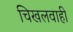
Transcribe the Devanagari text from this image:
चिखलवाही